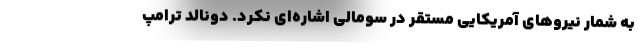
به شمار نیروهای آمریکایی مستقر در سومالی اشاره‌ای نکرد. دونالد ترامپ